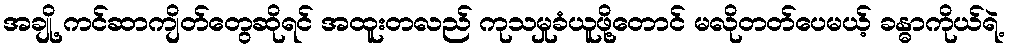
အချို့ ကင်ဆာကျိတ်တွေဆိုရင် အထူးတလည် ကုသမှုခံယူဖို့တောင် မလိုတတ်ပေမယ့် ခန္ဓာကိုယ်ရဲ့